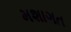
મશાગત